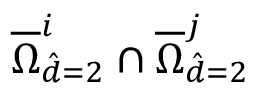
\overline { { \Omega } } _ { \hat { d } = 2 } ^ { i } \cap \overline { { \Omega } } _ { \hat { d } = 2 } ^ { j }